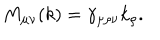
M _ { \mu \nu } ( k ) = \gamma _ { \mu \rho \nu } k _ { \rho } .